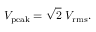
V _ { \mathrm { p e a k } } = { \sqrt { 2 } } \ V _ { \mathrm { r m s } } .